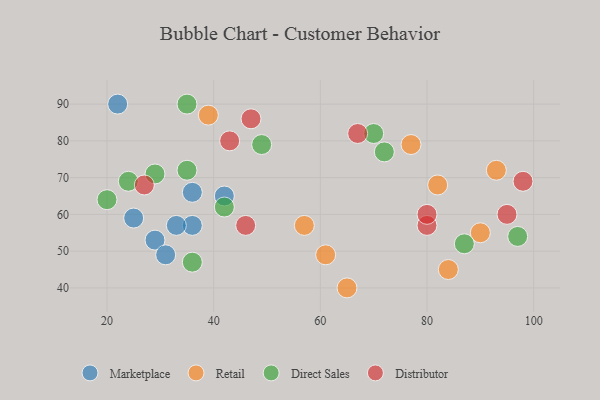
{"axis": {"x": "GDP", "y": "Life Expectancy"}, "legend": ["Direct Sales", "Distributor", "Marketplace", "Retail"], "data": [{"x": "29", "y": 53, "type": "Marketplace"}, {"x": "36", "y": 57, "type": "Marketplace"}, {"x": "42", "y": 65, "type": "Marketplace"}, {"x": "36", "y": 66, "type": "Marketplace"}, {"x": "31", "y": 49, "type": "Marketplace"}, {"x": "25", "y": 59, "type": "Marketplace"}, {"x": "33", "y": 57, "type": "Marketplace"}, {"x": "22", "y": 90, "type": "Marketplace"}, {"x": "90", "y": 55, "type": "Retail"}, {"x": "84", "y": 45, "type": "Retail"}, {"x": "61", "y": 49, "type": "Retail"}, {"x": "65", "y": 40, "type": "Retail"}, {"x": "39", "y": 87, "type": "Retail"}, {"x": "93", "y": 72, "type": "Retail"}, {"x": "57", "y": 57, "type": "Retail"}, {"x": "77", "y": 79, "type": "Retail"}, {"x": "82", "y": 68, "type": "Retail"}, {"x": "70", "y": 82, "type": "Direct Sales"}, {"x": "35", "y": 72, "type": "Direct Sales"}, {"x": "97", "y": 54, "type": "Direct Sales"}, {"x": "20", "y": 64, "type": "Direct Sales"}, {"x": "29", "y": 71, "type": "Direct Sales"}, {"x": "36", "y": 47, "type": "Direct Sales"}, {"x": "24", "y": 69, "type": "Direct Sales"}, {"x": "42", "y": 62, "type": "Direct Sales"}, {"x": "49", "y": 79, "type": "Direct Sales"}, {"x": "87", "y": 52, "type": "Direct Sales"}, {"x": "72", "y": 77, "type": "Direct Sales"}, {"x": "35", "y": 90, "type": "Direct Sales"}, {"x": "47", "y": 86, "type": "Distributor"}, {"x": "67", "y": 82, "type": "Distributor"}, {"x": "80", "y": 57, "type": "Distributor"}, {"x": "27", "y": 68, "type": "Distributor"}, {"x": "98", "y": 69, "type": "Distributor"}, {"x": "80", "y": 60, "type": "Distributor"}, {"x": "43", "y": 80, "type": "Distributor"}, {"x": "46", "y": 57, "type": "Distributor"}, {"x": "95", "y": 60, "type": "Distributor"}]}